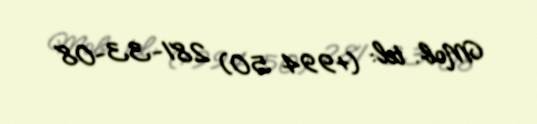
Mob. tel: (+994 50) 281-33-08